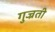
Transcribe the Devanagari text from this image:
गुज्रती